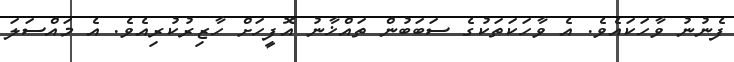
ފެނުނު ވާހަކައެވެ. އެ ވާހަކަތަކުގެ ސަބަބުން ތައްޚާނު އޮފީހަށް ހާޒިރުކުރިއެވެ. އެ މައްސަލަ